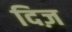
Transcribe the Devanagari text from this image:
दिज़